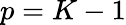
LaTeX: p=K-1